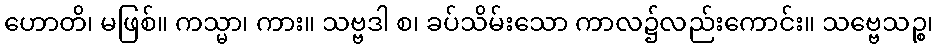
ဟောတိ၊ မဖြစ်။ ကသ္မာ၊ ကား။ သဗ္ဗဒါ စ၊ ခပ်သိမ်းသော ကာလ၌လည်းကောင်း။ သဗ္ဗေသဉ္စ၊